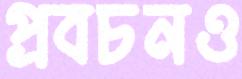
প্রবচনও